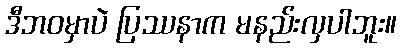
ဒီဘဝမှာပဲ ပြဿနာက မနည်းလှပါဘူး။